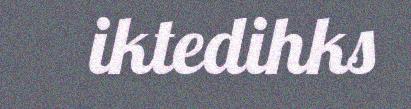
iktedihks